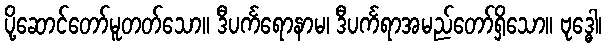
ပို့ဆောင်တော်မူတတ်သော။ ဒီပင်္ကရောနာမ၊ ဒီပင်္ကရာအမည်တော်ရှိသော။ ဗုဒ္ဓေါ၊